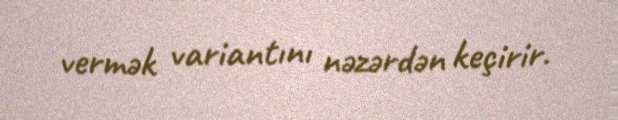
vermək variantını nəzərdən keçirir.